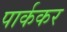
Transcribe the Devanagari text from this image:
पार्ककर